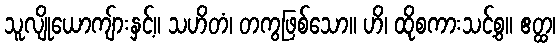
သူလျိုယောကျ်ားနှင့်။ သဟိတံ၊ တကွဖြစ်သော။ ဟိ၊ ထိုစကားသင့်စွ။ ဧတ္ထ၊